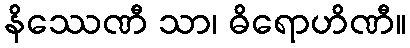
နိဿေဏီ သာ၊ ဓိရောဟိဏီ။